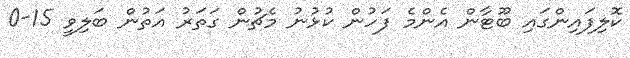
ކޮލިފައިންގައި ބޫޓާން އެންމެ ފަހުން ކުޅުނު މެޗުން ގަތަރު އަތުން ބަލިވީ 15-0